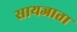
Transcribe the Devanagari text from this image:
सायजाता